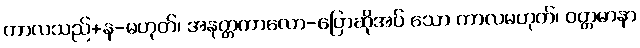
ကာလသည်+န-မဟုတ်၊ အနုတ္တကာလော-ပြောဆိုအပ် သော ကာလမဟုတ်၊ ဝတ္တမာနာ